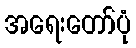
အရေးတော်ပုံ